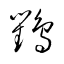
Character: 鸜